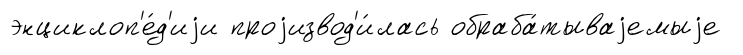
энциклоп'е́д'иjи проjизвод'и́лась обраба́тываjемыjе